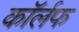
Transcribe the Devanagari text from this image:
कॉर्लफ